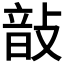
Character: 𢾑